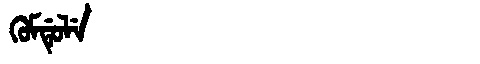
Manchu: ᡴᡠᠮᡩᡠᠯᡝ
Romanization: KUMDULE